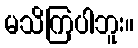
မသိကြပါဘူး။